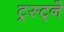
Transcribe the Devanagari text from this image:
ट्रस्ट्ने